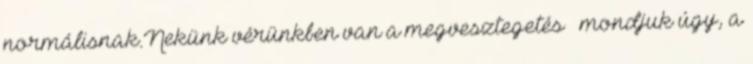
normálisnak.Nekünk vérünkben van a megvesztegetés – mondjuk úgy, a